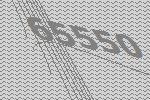
65550